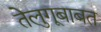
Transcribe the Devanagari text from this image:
तेलुगूबाबत